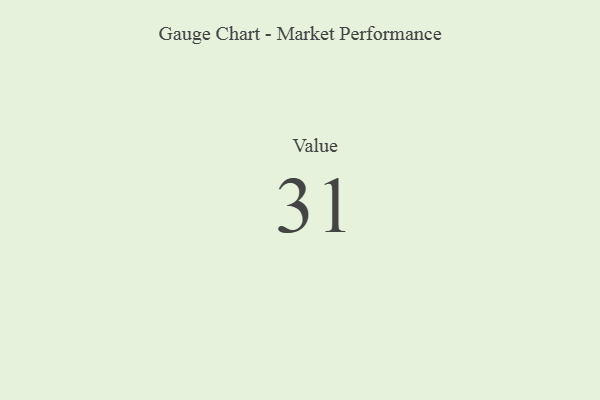
{"axis": {"x": "Metric", "y": "Value"}, "legend": [""], "data": [{"x": "Value", "y": 31, "type": ""}]}